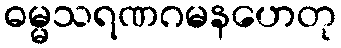
ဓမ္မသရဏဂမနဟေတု